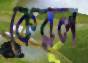
কেরল